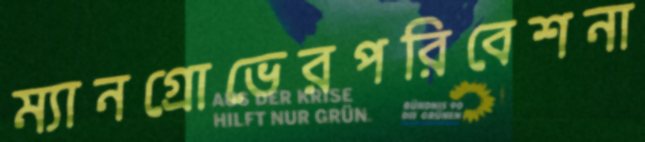
ম্যানগ্রোভেরপরিবেশনা